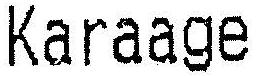
KARAAGE